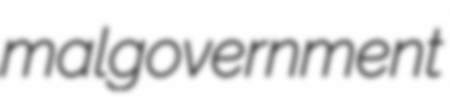
malgovernment